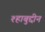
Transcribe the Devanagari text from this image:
श्हाबुद्दीन